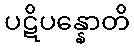
ပဋိပန္နောတိ